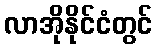
လာအိုနိုင်ငံတွင်